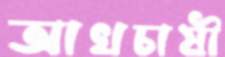
আখচাষী